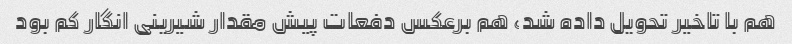
هم با تاخیر تحویل داده شد، هم برعکس دفعات پیش مقدار شیرینی انگار کم بود